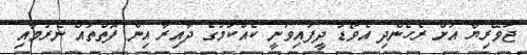
ޖުވޭރިޔާ އަށް ރެހެންދި އެވޯޑު ދީފައިވަނީ ކެއްކުމުގެ ދާއިރާ އިން ފޮތްތައް ނެރުމާއި